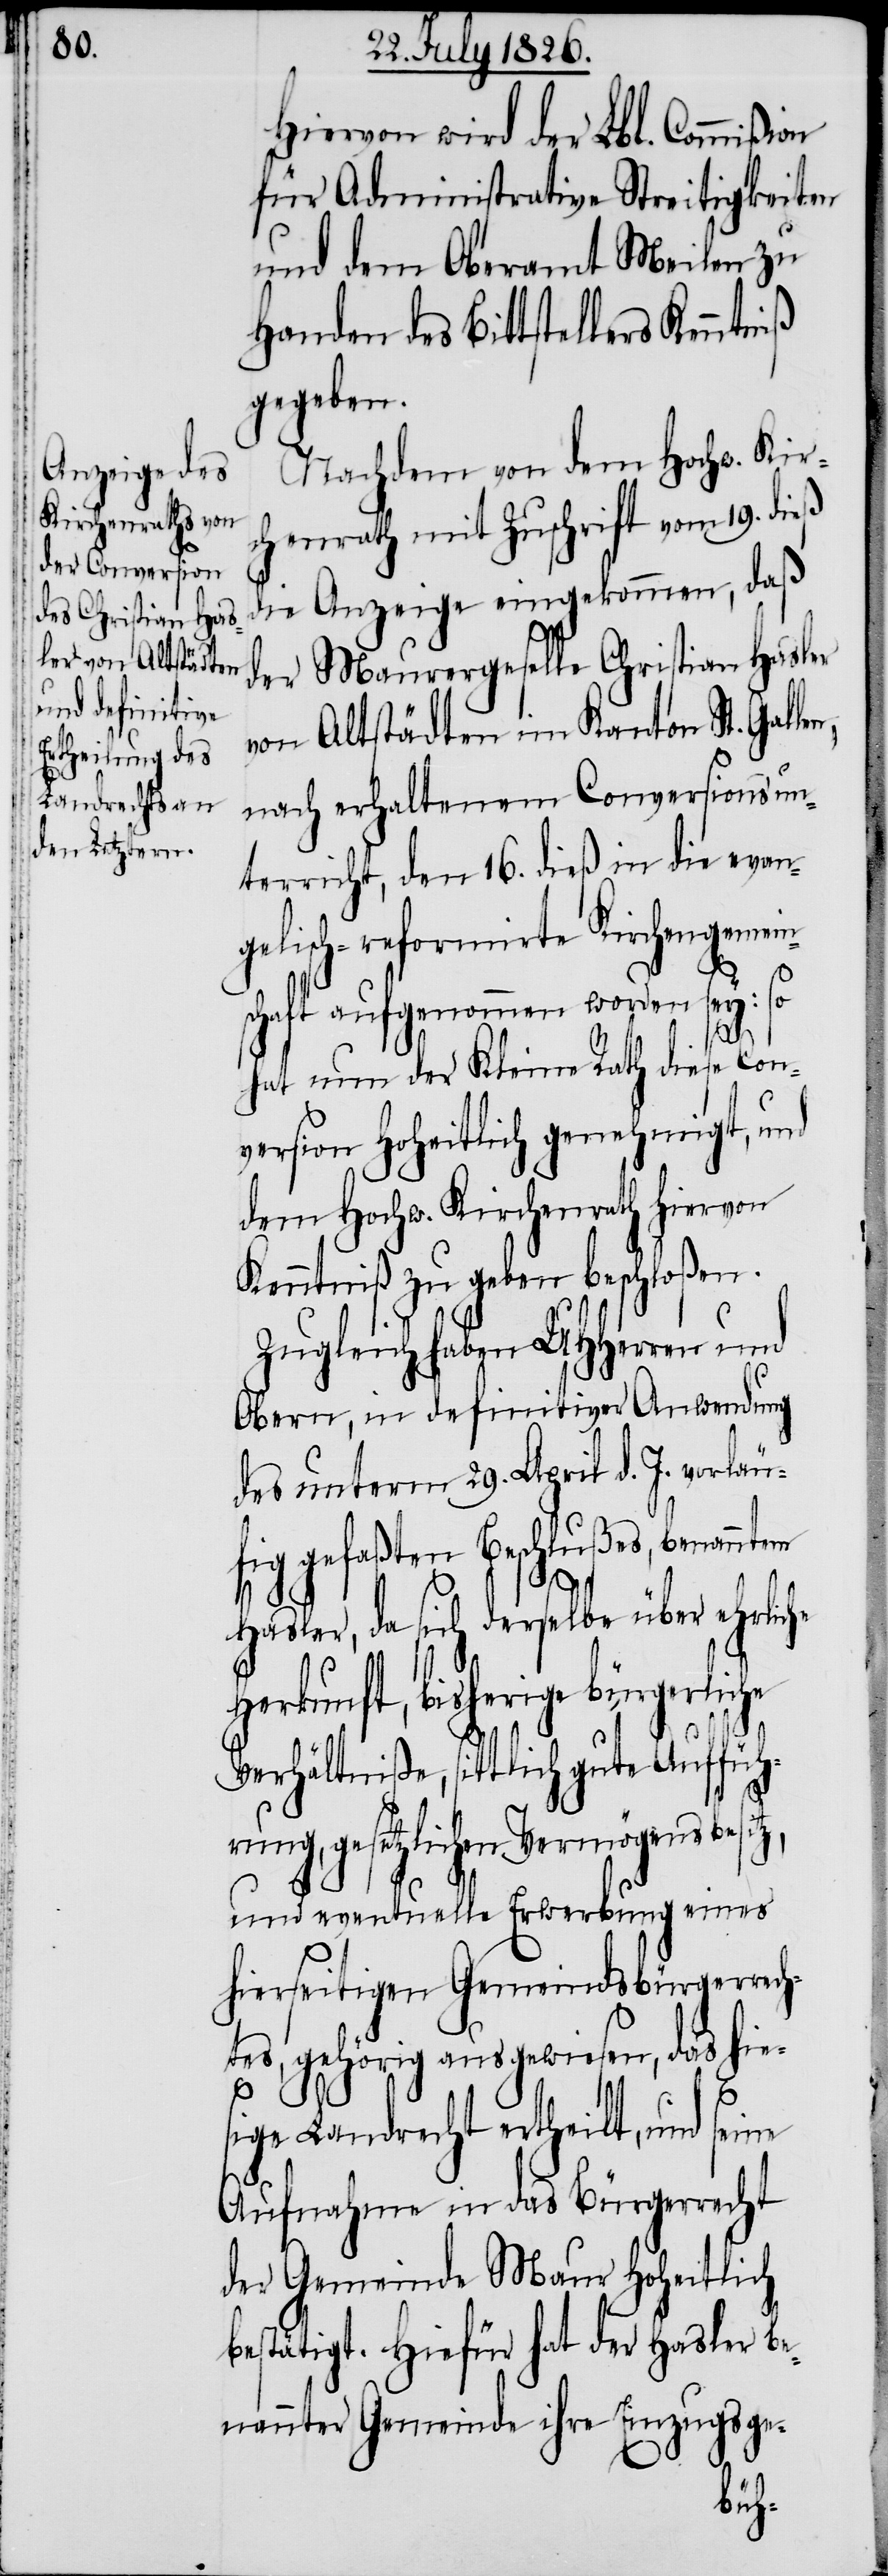
Hievon wird der Lbl. Commißion
für Administrative Streitigkeiten
und dem Oberamt Meilen zu
Handen des Bittstellers
gegeben.
Nachdem von dem Hochw. Kir¬
chenrath mit Zuschrift vom 19. dieß
die Anzeige eingekommen, daß
der Maurergeselle Christian Hasler
von Altstädten im Kanton St. Galle¬
nach erhaltenem Conversionsun¬
terricht, den 16. dieß in die evan¬
gelisch-reformirte Kirchengemein¬
schaft aufgenommen worden sey: so
n,
hat nun der Kleine Rath diese Con¬
version hoheitlich genehmigt, und
dem Hochw. Kirchenrath hiervon
Kenntniß zu geben beschloßen.
Zugleich haben MHHerren und
Obern, in definitiver Anwendung
des unterm 29. April d. J. vorläu¬
fig gefaßten Beschlußes, benanntem
Hasler, da sich derselbe über ehrliche
Herkunft, bisherige bürgerliche
Verhältniße, sittlich gute Auffüh¬
rung, gesetzlichen Vermögensbesit¬
und eventuelle Erwerbung eines
hierseitigen Gemeindsbürgerrech¬
tes, gehörig ausgewiesen, das hies¬
z,
ige Landrecht ertheilt, und seine
Aufnahme in das Bürgerrecht
der Gemeinde Maur Hoheitlich
bestätigt. Hiefür hat der Hasler be¬
nannter Gemeinde ihre Einzugsge-